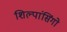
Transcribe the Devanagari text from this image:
शिल्पांसिंगो